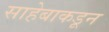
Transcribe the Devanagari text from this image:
साहेबाकडून